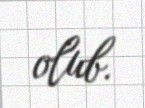
olub.